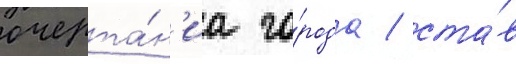
очерта́н'иа го́рода / ста́в